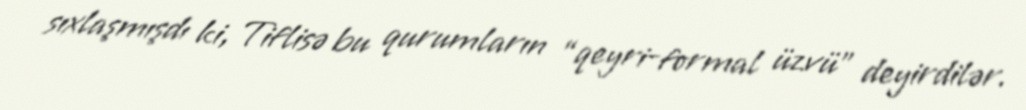
sıxlaşmışdı ki, Tiflisə bu qurumların “qeyri-formal üzvü” deyirdilər.